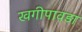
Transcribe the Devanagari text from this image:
खगीपावड़ा